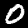
Label: 0